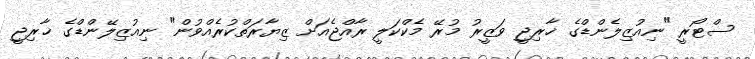
ސްޓޯރީ "ނިއުޒިލެންޑްގެ ޚާރިޖީ ވަޒީރު މުރޭ މެކްކަލީ ރާއްޖެއަށް ޒިޔާރަތްކުރެއްވުން" ނިއުޒިލޭންޑްގެ ޚާރިޖީ